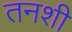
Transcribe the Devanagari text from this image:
तनशी